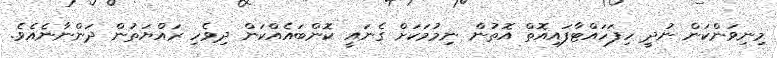
މިނިވަންކަން ނުދީ ހިފަހައްޓާފައިއޮތް އޮތުން ނިމުމަކަށް ގެނައީ ކޮންބައެއްކަން ދިވެހި ރައްޔަތުން ދަންނާނެއެވެ.